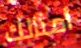
أمثالك